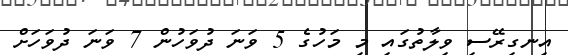
އިނގިރޭސި ވިލާތުގައި މި މަހުގެ 5 ވަނަ ދުވަހުން 7 ވަނަ ދުވަހަށް